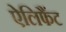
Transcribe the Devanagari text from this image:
ऐलिफैंट